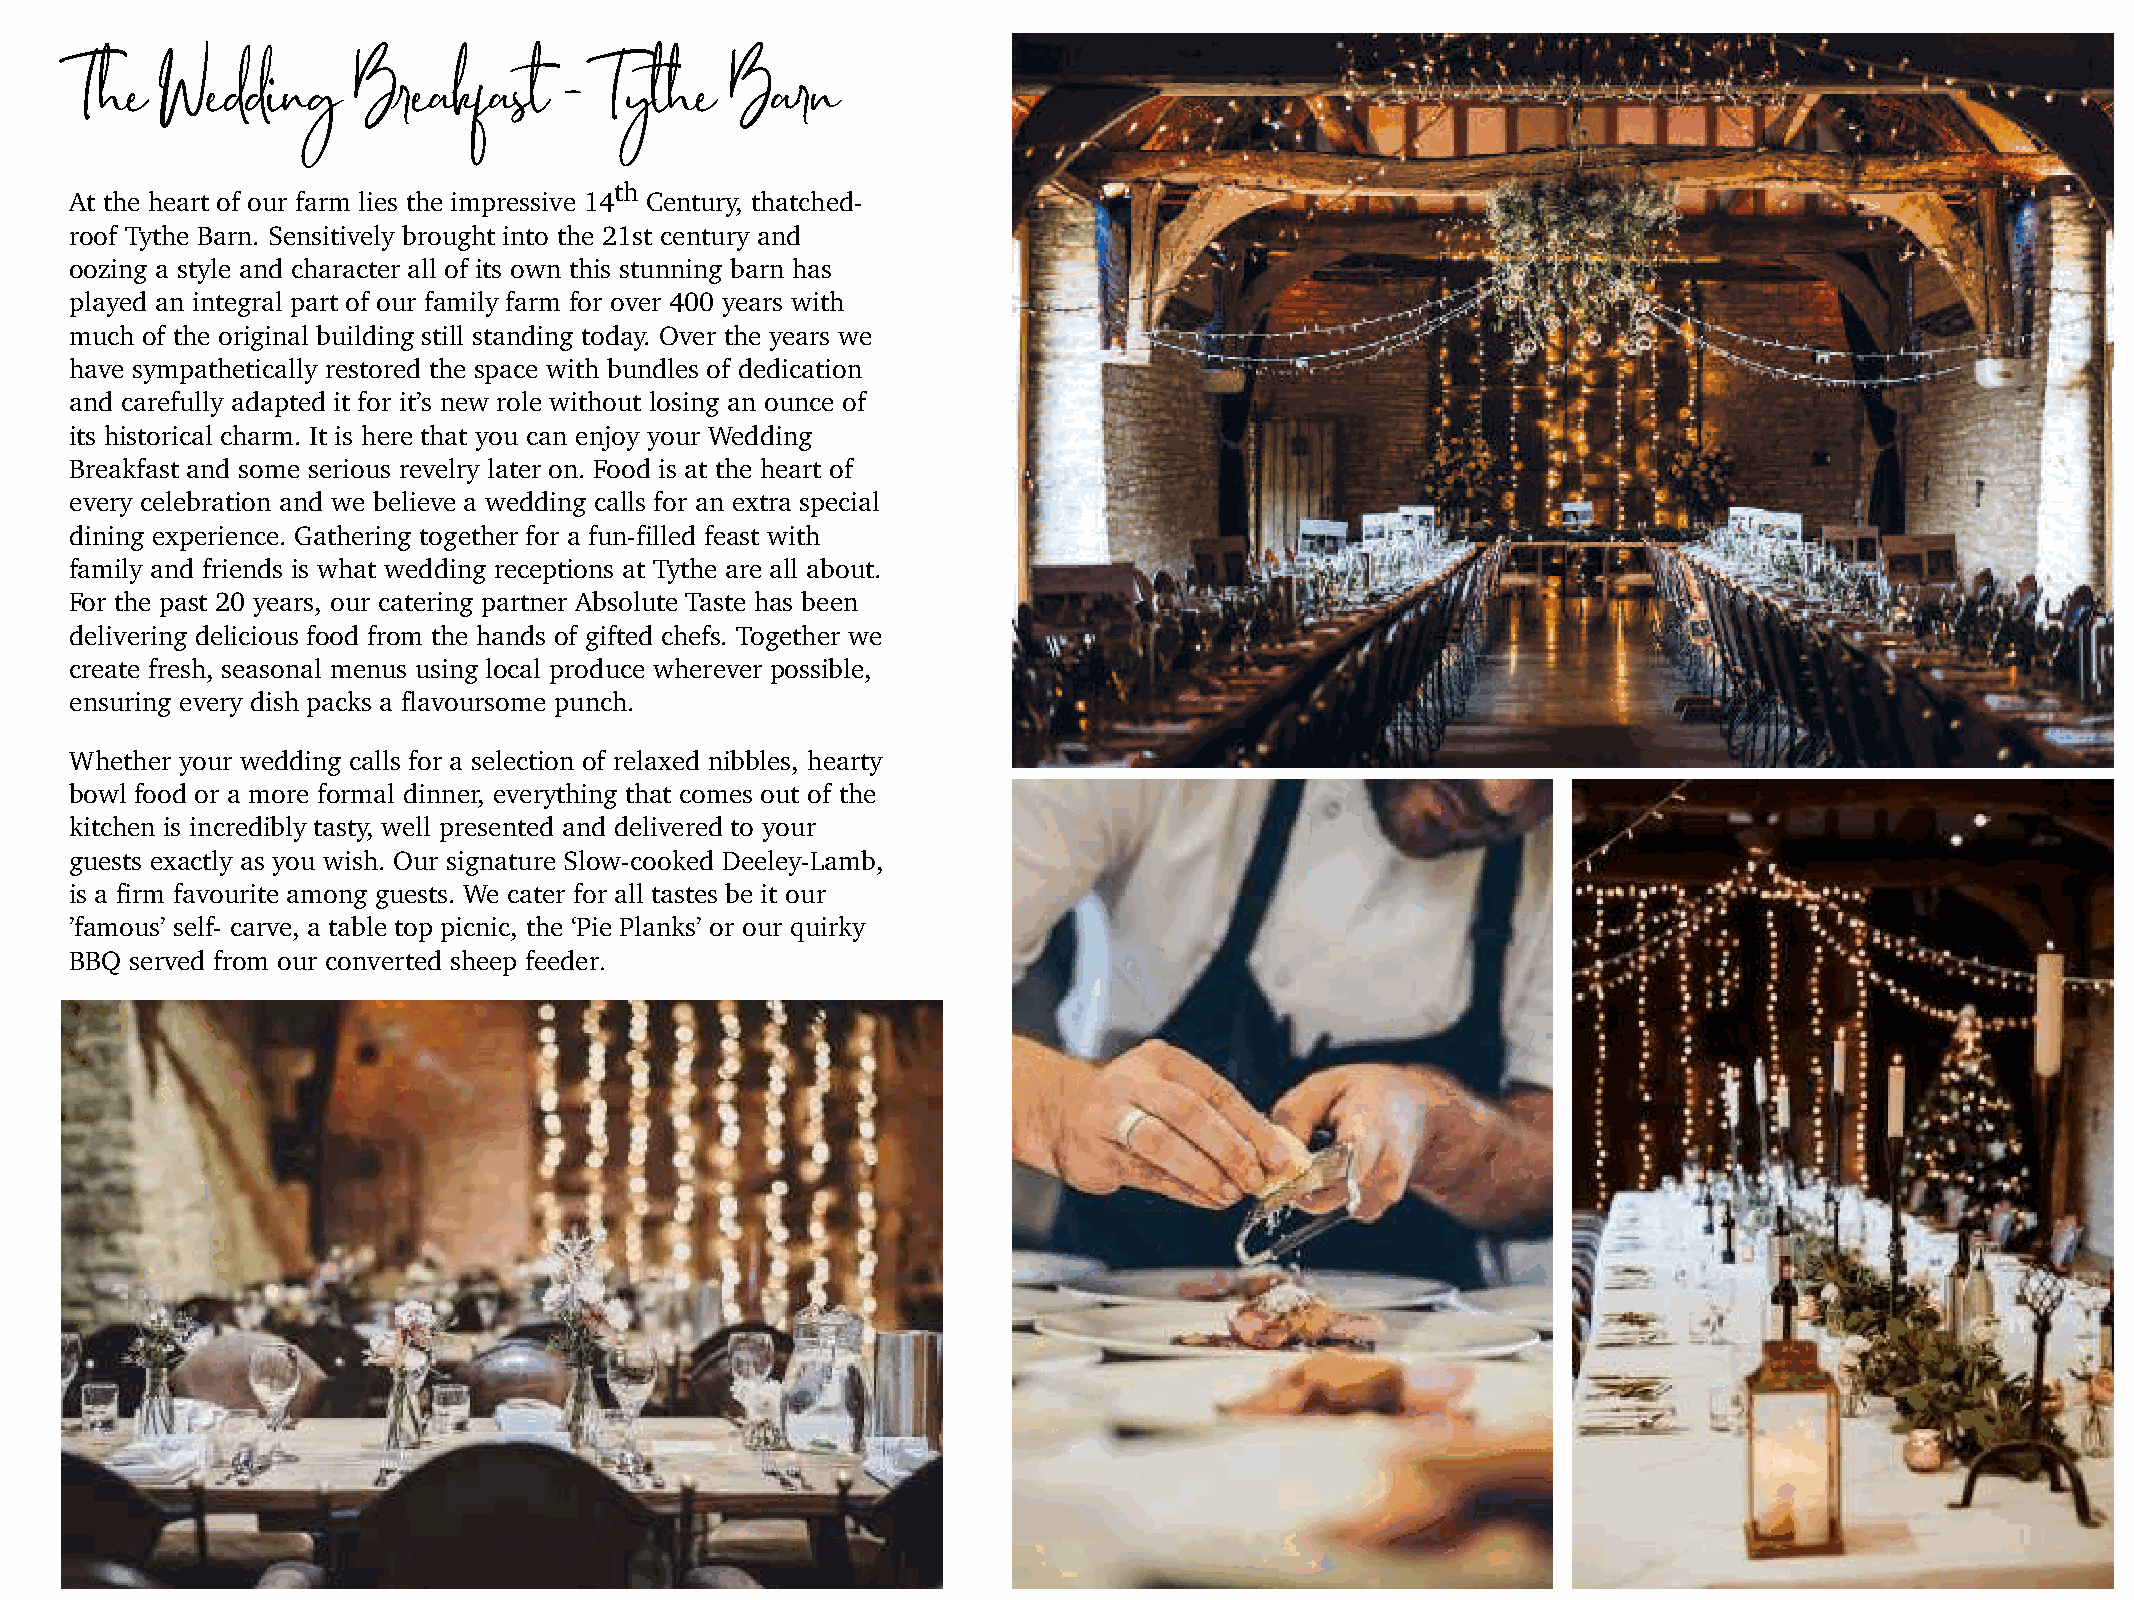
The   Wedding     Breakfast     -  Tythe   Barn
 th
 At the heart of our farm lies the impressive 14 Century, thatched-
 roof Tythe Barn. Sensitively brought into the 21st century and
 oozing a style and character all of its own this stunning barn has
 played an integral part of our family farm for over 400 years with
 much of the original building still standing today. Over the years we
 have sympathetically restored the space with bundles of dedication
 and carefully adapted it for it’s new role without losing an ounce of
 its historical charm. It is here that you can enjoy your Wedding
 Breakfast and some serious revelry later on. Food is at the heart of
 every celebration and we believe a wedding calls for an extra special
 dining experience. Gathering together for a fun-filled feast with
 family and friends is what wedding receptions at Tythe are all about.
 For the past 20 years, our catering partner Absolute Taste has been
 delivering delicious food from the hands of gifted chefs. Together we
 create fresh, seasonal menus using local produce wherever possible,
 ensuring every dish packs a flavoursome punch.
 Whether your wedding calls for a selection of relaxed nibbles, hearty
 bowl food or a more formal dinner, everything that comes out of the
 kitchen is incredibly tasty, well presented and delivered to your
 guests exactly as you wish. Our signature Slow-cooked Deeley-Lamb,
 is a firm favourite among guests. We cater for all tastes be it our
 ’famous’ self- carve, a table top picnic, the ‘Pie Planks’ or our quirky
 BBQ served from our converted sheep feeder.